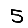
Digit: 5